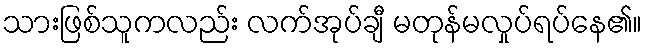
သားဖြစ်သူကလည်း လက်အုပ်ချီ မတုန်မလှုပ်ရပ်နေ၏။